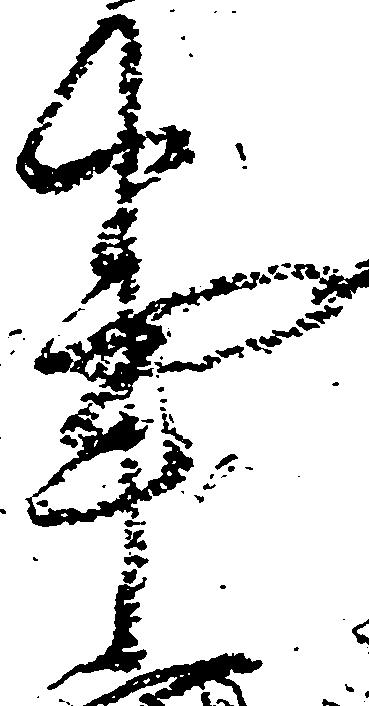
事